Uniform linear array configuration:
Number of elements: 32
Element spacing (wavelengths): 1
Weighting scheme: cosine
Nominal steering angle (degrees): -60
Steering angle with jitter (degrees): -59.997
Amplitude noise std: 0.05
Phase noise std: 0.05

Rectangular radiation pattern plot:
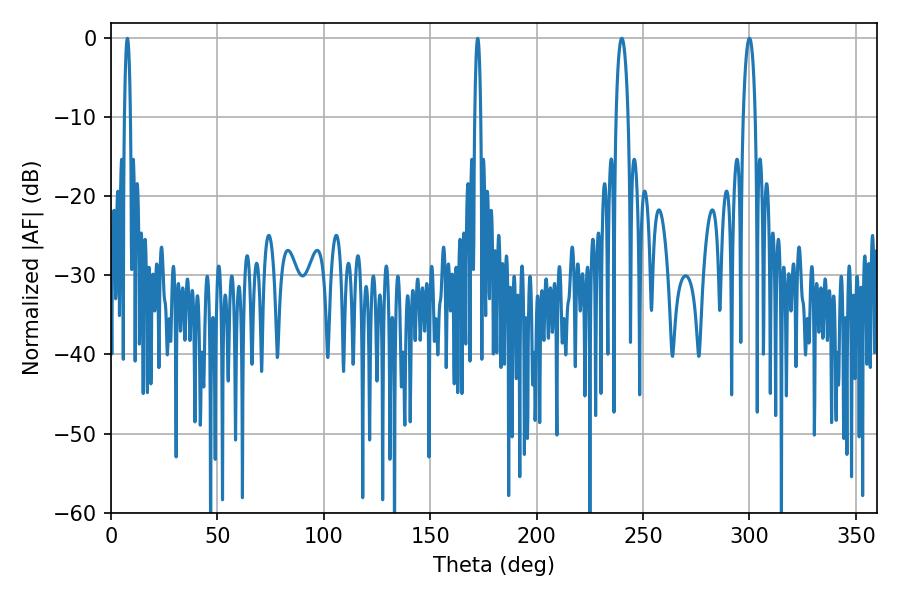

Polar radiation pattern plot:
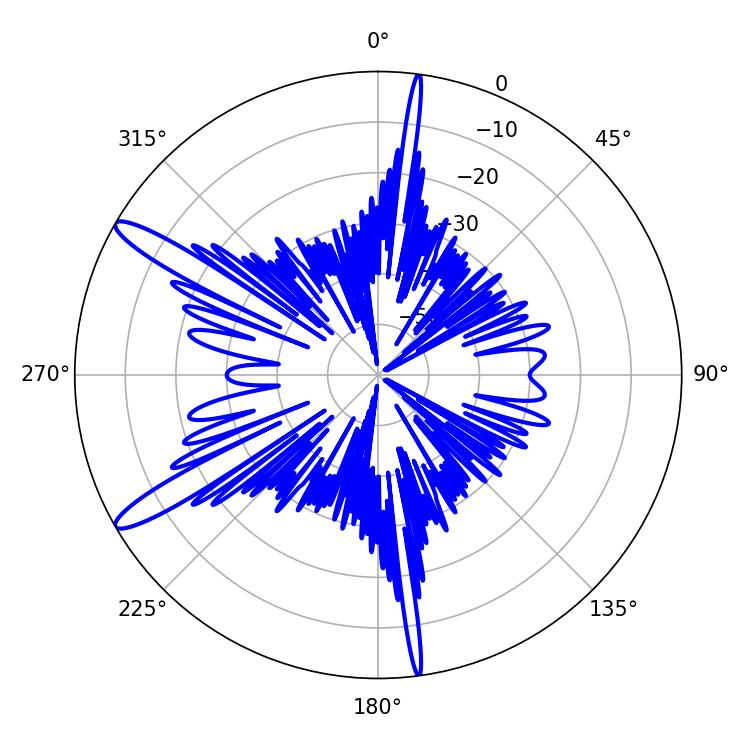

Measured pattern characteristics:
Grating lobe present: TRUE
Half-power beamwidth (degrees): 3.06
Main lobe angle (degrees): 239.94